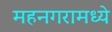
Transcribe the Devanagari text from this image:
महनगरामध्ये